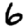
Digit: 6